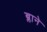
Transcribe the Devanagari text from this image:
ब्लाने